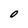
Character: O